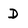
Character: D